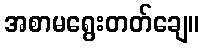
အစာမရွေးတတ်ချေ။